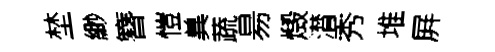
埜緲簪愷兾蔬昜燬潸秀堆屛